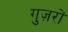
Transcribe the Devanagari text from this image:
गुज़रों